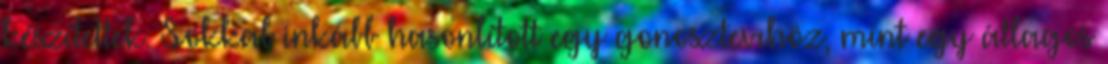
készítettek. Sokkal inkább hasonlított egy gonosztevıhöz, mint egy átlagos